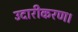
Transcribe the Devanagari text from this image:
उदारीकरण।